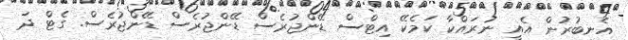
އެނބުރުން އެއީ ނުރައްކާ ކަމެކޭ އިޓްސް ޑޭންޖުރެސް ޑޭންޖުރެސް ޑޭންޖުރެސް. ގެޓް ދަ